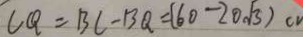
C Q = B C - B Q = ( 6 0 - 2 0 \sqrt { 3 } ) c v